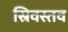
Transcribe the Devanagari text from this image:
स्रिवस्तव